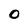
Character: 0